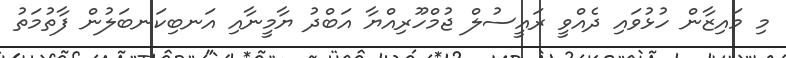
މި މައިޒާން ހުޅުވައި ދެއްވީ ރައީސުލް ޖުމްހޫރިއްޔާ އަބްދު ޔާމީނާއި އަނބިކަނބަލުން ފާތުމަތު